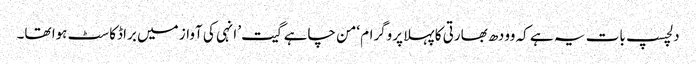
دلچسپ بات یہ ہے کہ وودھ بھارتی کا پہلا پروگرام ‘من چاہے گیت’ انہی کی آواز میں براڈکاسٹ ہوا تھا۔